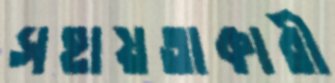
সহায়তাকারী